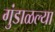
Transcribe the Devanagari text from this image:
गुंडाळल्या